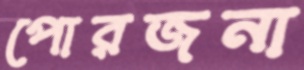
পোরজনা